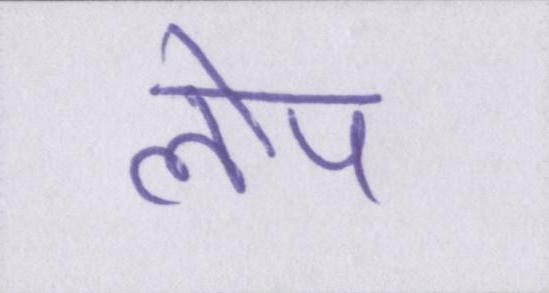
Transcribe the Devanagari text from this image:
लोप